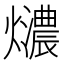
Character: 𤒚